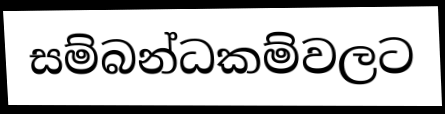
සම්බන්ධකම්වලට